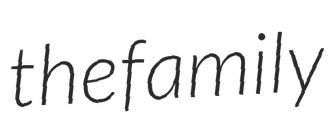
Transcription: the family